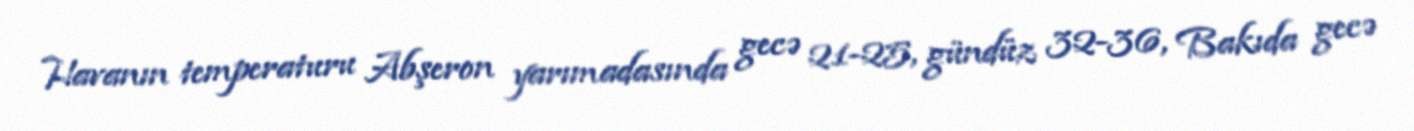
Havanın temperaturu Abşeron yarımadasında gecə 21-25, gündüz 32-36, Bakıda gecə